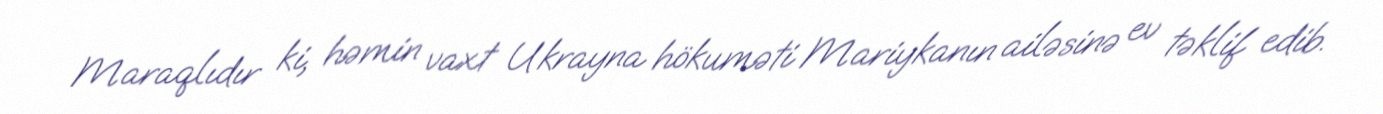
Maraqlıdır ki, həmin vaxt Ukrayna hökuməti Mariykanın ailəsinə ev təklif edib.